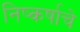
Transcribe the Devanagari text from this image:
निष्कर्षाचे